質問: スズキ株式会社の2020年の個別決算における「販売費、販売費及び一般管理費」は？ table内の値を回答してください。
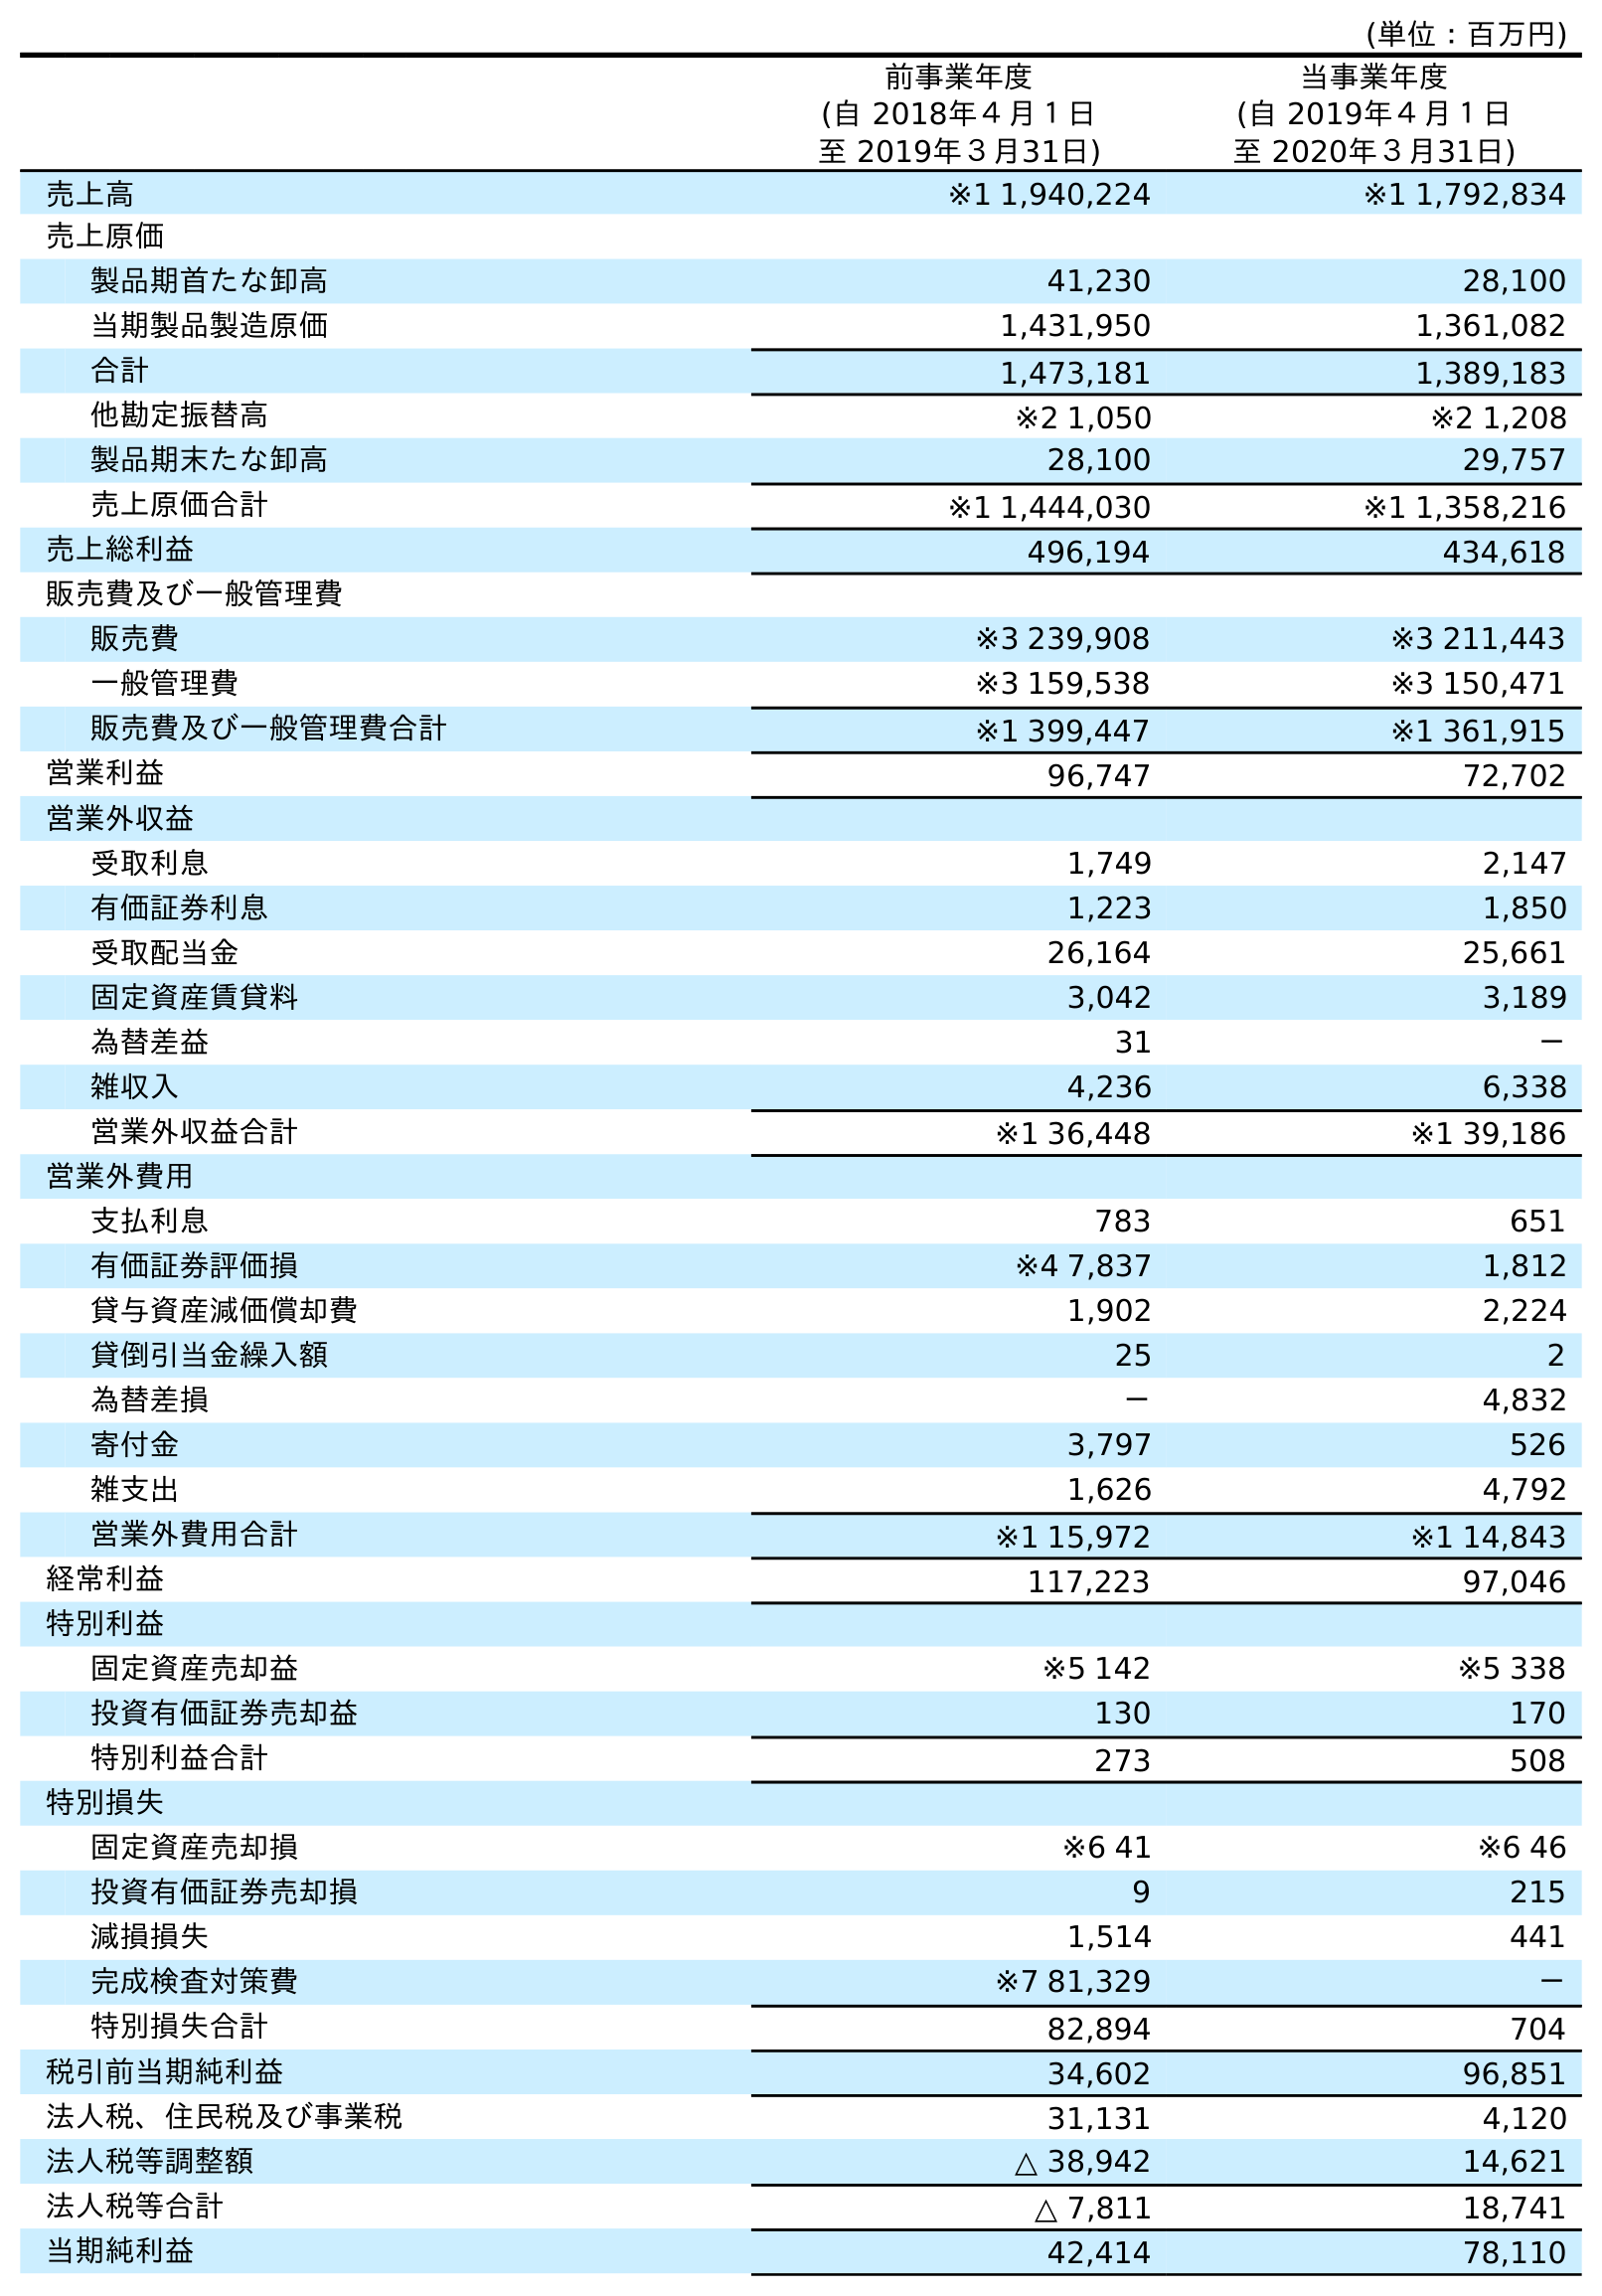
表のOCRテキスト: (単位：百万円) 前事業年度 (自 2018年４月１日 至 2019年３月31日) 当事業年度 (自 2019年４月１日 至 2020年３月31日) 売上高 ※1 1,940,224 ※1 1,792,834 売上原価 製品期首たな卸高 41,230 28,100 当期製品製造原価 1,431,950 1,361,082 合計 1,473,181 1,389,183 他勘定振替高 ※2 1,050 ※2 1,208 製品期末たな卸高 28,100 29,757 売上原価合計 ※1 1,444,030 ※1 1,358,216 売上総利益 496,194 434,618 販売費及び一般管理費 販売費 ※3 239,908 ※3 211,443 一般管理費 ※3 159,538 ※3 150,471 販売費及び一般管理費合計 ※1 399,447 ※1 361,915 営業利益 96,747 72,702 営業外収益 受取利息 1,749 2,147 有価証券利息 1,223 1,850 受取配当金 26,164 25,661 固定資産賃貸料 3,042 3,189 為替差益 31 － 雑収入 4,236 6,338 営業外収益合計 ※1 36,448 ※1 39,186 営業外費用 支払利息 783 651 有価証券評価損 ※4 7,837 1,812 貸与資産減価償却費 1,902 2,224 貸倒引当金繰入額 25 2 為替差損 － 4,832 寄付金 3,797 526 雑支出 1,626 4,792 営業外費用合計 ※1 15,972 ※1 14,843 経常利益 117,223 97,046 特別利益 固定資産売却益 ※5 142 ※5 338 投資有価証券売却益 130 170 特別利益合計 273 508 特別損失 固定資産売却損 ※6 41 ※6 46 投資有価証券売却損 9 215 減損損失 1,514 441 完成検査対策費 ※7 81,329 － 特別損失合計 82,894 704 税引前当期純利益 34,602 96,851 法人税、住民税及び事業税 31,131 4,120 法人税等調整額 △ 38,942 14,621 法人税等合計 △ 7,811 18,741 当期純利益 42,414 78,110
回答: ※3211,443